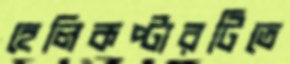
হেলিকপ্টারটিতে